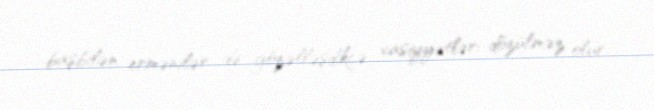
başbilən ermənilər də gözəlləşdikcə xasiyyətləri dözülməz olur.